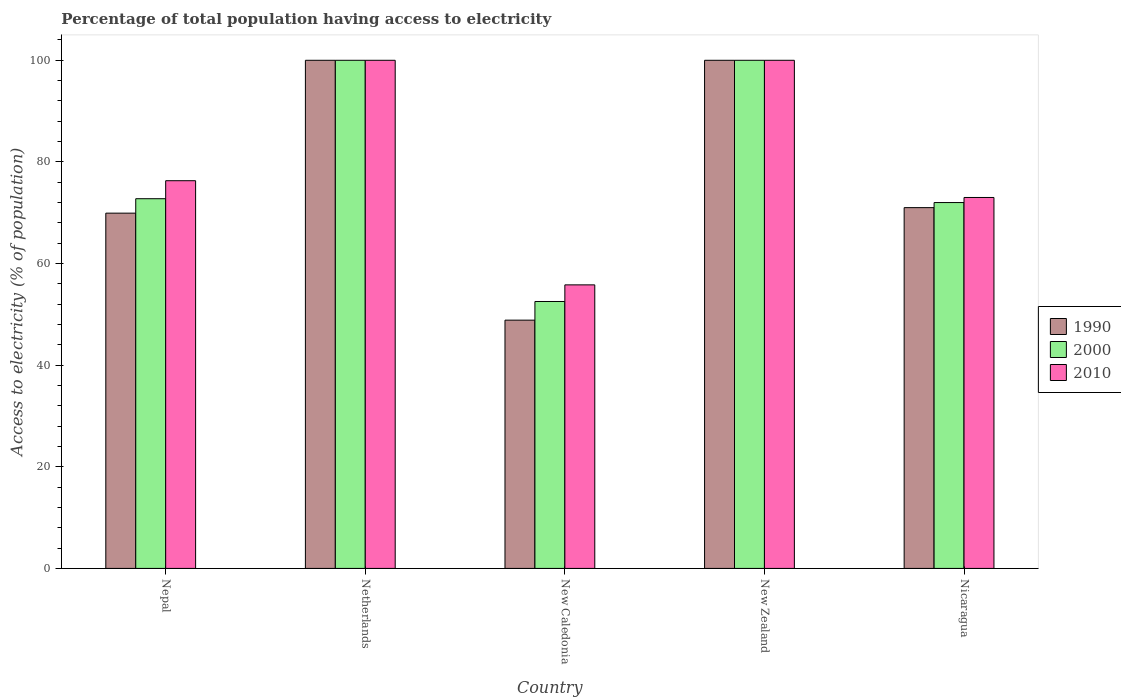
| Country | 1990 | 2000 | 2010 |
 | --- | --- | --- | --- |
 | Nepal | 69.9 | 72.8 | 76.3 |
 | Netherlands | 100 | 100 | 100 |
 | New Caledonia | 48.9 | 52.5 | 55.8 |
 | New Zealand | 100 | 100 | 100 |
 | Nicaragua | 71 | 72 | 73 |